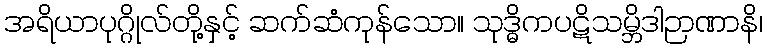
အရိယာပုဂ္ဂိုလ်တို့နှင့် ဆက်ဆံကုန်သော။ သုဒ္ဓိကပဋိသမ္ဘိဒါဉာဏာနိ၊